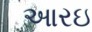
આરઇ